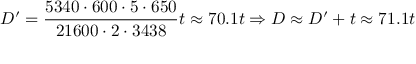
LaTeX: D ^ { \prime } = { \frac { 5 3 4 0 \cdot 6 0 0 \cdot 5 \cdot 6 5 0 } { 2 1 6 0 0 \cdot 2 \cdot 3 4 3 8 } } t \approx 7 0 . 1 t \Rightarrow D \approx D ^ { \prime } + t \approx 7 1 . 1 t